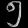
Digit: ၅